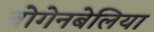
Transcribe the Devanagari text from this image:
बोगेनबेलिया